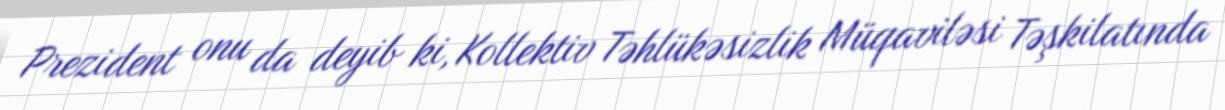
Prezident onu da deyib ki, Kollektiv Təhlükəsizlik Müqaviləsi Təşkilatında